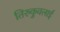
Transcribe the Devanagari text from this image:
तिरुकुवलाई